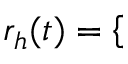
r _ { h } ( t ) = \left\{ \begin{array} { r l r } \end{array} \right.